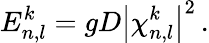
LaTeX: E_{n,l}^{k}=gD\left|{\chi_{n,l}^{k}}\right|^{2}\, .